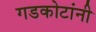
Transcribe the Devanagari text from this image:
गडकोटांनी